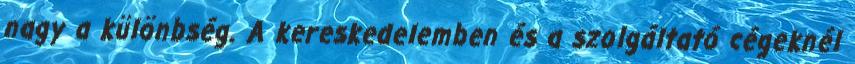
nagy a különbség. A kereskedelemben és a szolgáltató cégeknél